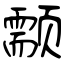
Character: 颥